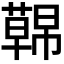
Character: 𮑤